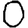
Digit: 0